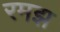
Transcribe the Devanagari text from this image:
रमझ